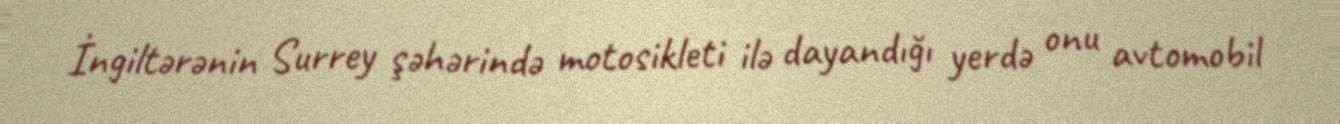
İngiltərənin Surrey şəhərində motosikleti ilə dayandığı yerdə onu avtomobil